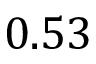
0 . 5 3